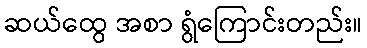
ဆယ်ထွေ အစာ ရွံကြောင်းတည်း။